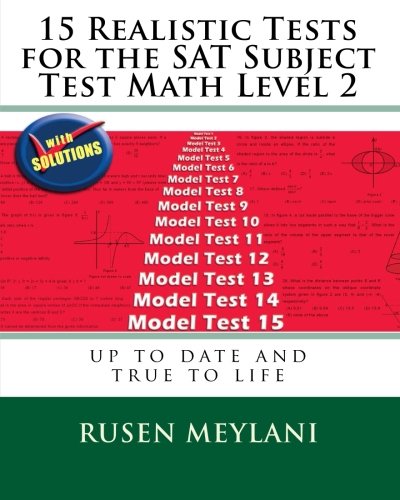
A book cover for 15 Realistic Tests for the SAT Subject Test Math Level 2; Rusen Meylani; Test Preparation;